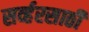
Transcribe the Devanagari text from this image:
सर्व्हरसाठी